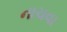
નાચવા